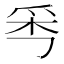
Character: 𤔁